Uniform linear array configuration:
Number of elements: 64
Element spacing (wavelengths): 1
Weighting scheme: hamming
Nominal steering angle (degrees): -15
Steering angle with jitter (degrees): -15.413
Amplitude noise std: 0.05
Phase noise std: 0.05

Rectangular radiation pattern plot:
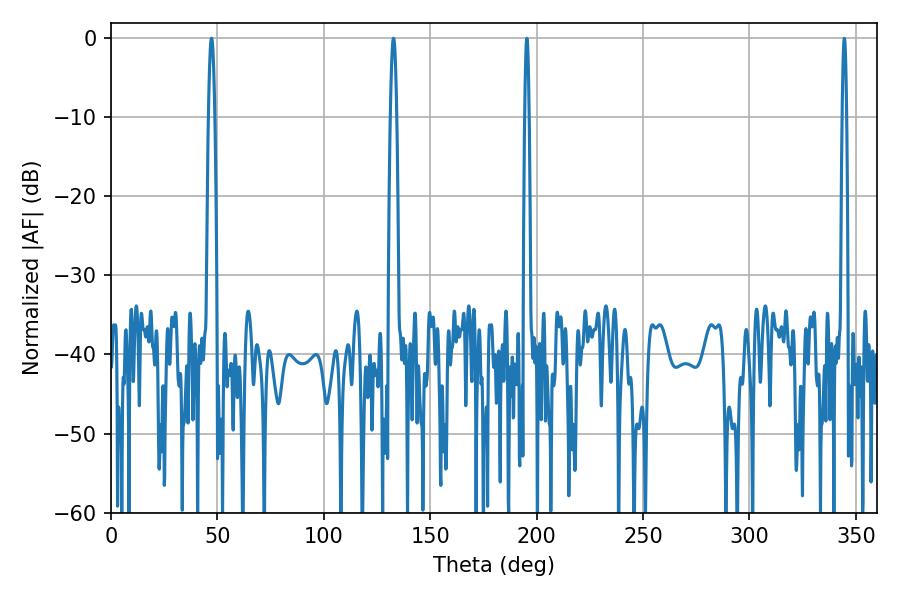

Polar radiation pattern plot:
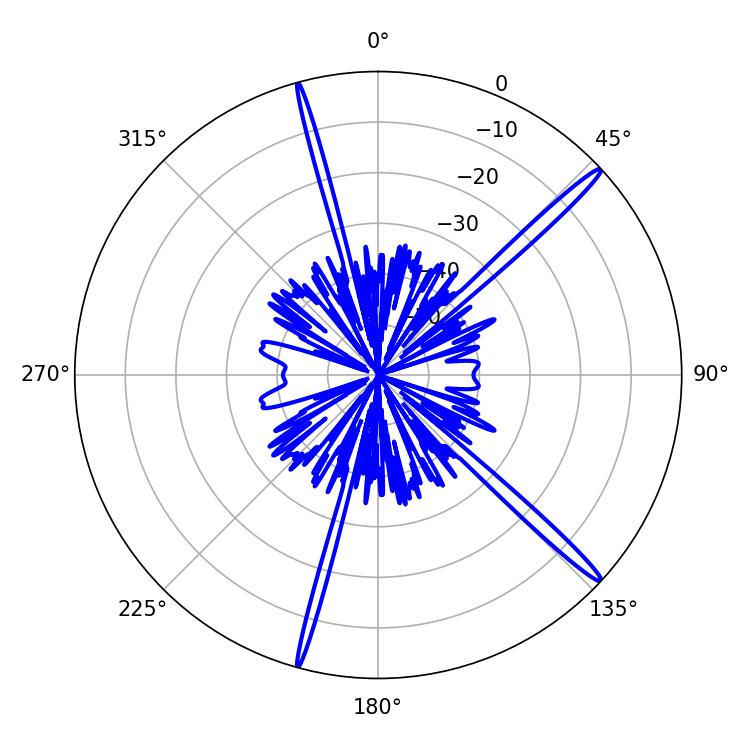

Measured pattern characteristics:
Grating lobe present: TRUE
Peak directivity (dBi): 17.567
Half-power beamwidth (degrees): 1.62
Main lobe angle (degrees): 47.16